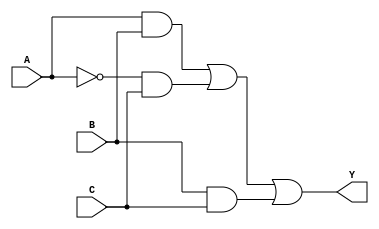
module sop_simplification (
    input wire A,   // First binary input
    input wire B,   // Second binary input
    input wire C,   // Third binary input
    output wire Y   // Output representing the SOP expression
);

// Intermediate signals for product terms
wire A_and_B;      // A AND B
wire A_not_and_C;  // A' AND C
wire B_and_C;      // B AND C
wire A_not;        // NOT A

// NOT gate for A
assign A_not = ~A;

// AND gates for product terms
assign A_and_B = A & B;         // A AND B
assign A_not_and_C = A_not & C; // A' AND C
assign B_and_C = B & C;         // B AND C

// OR gate to combine product terms
assign Y = A_and_B | A_not_and_C | B_and_C; // Final output Y

endmodule